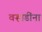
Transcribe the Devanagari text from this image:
वऱ्हाडींना